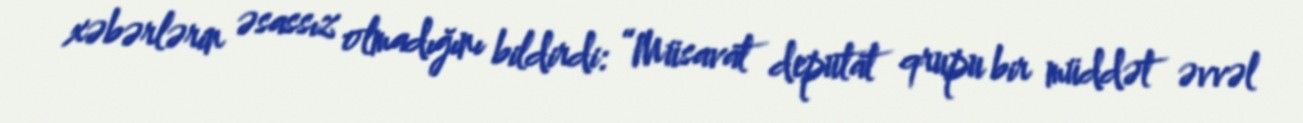
xəbərlərin əsassız olmadığını bildirdi: “Müsavat deputat qrupu bir müddət əvvəl